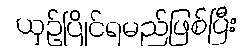
ယှဉ်ပြိုင်ရမည်ဖြစ်ပြီး